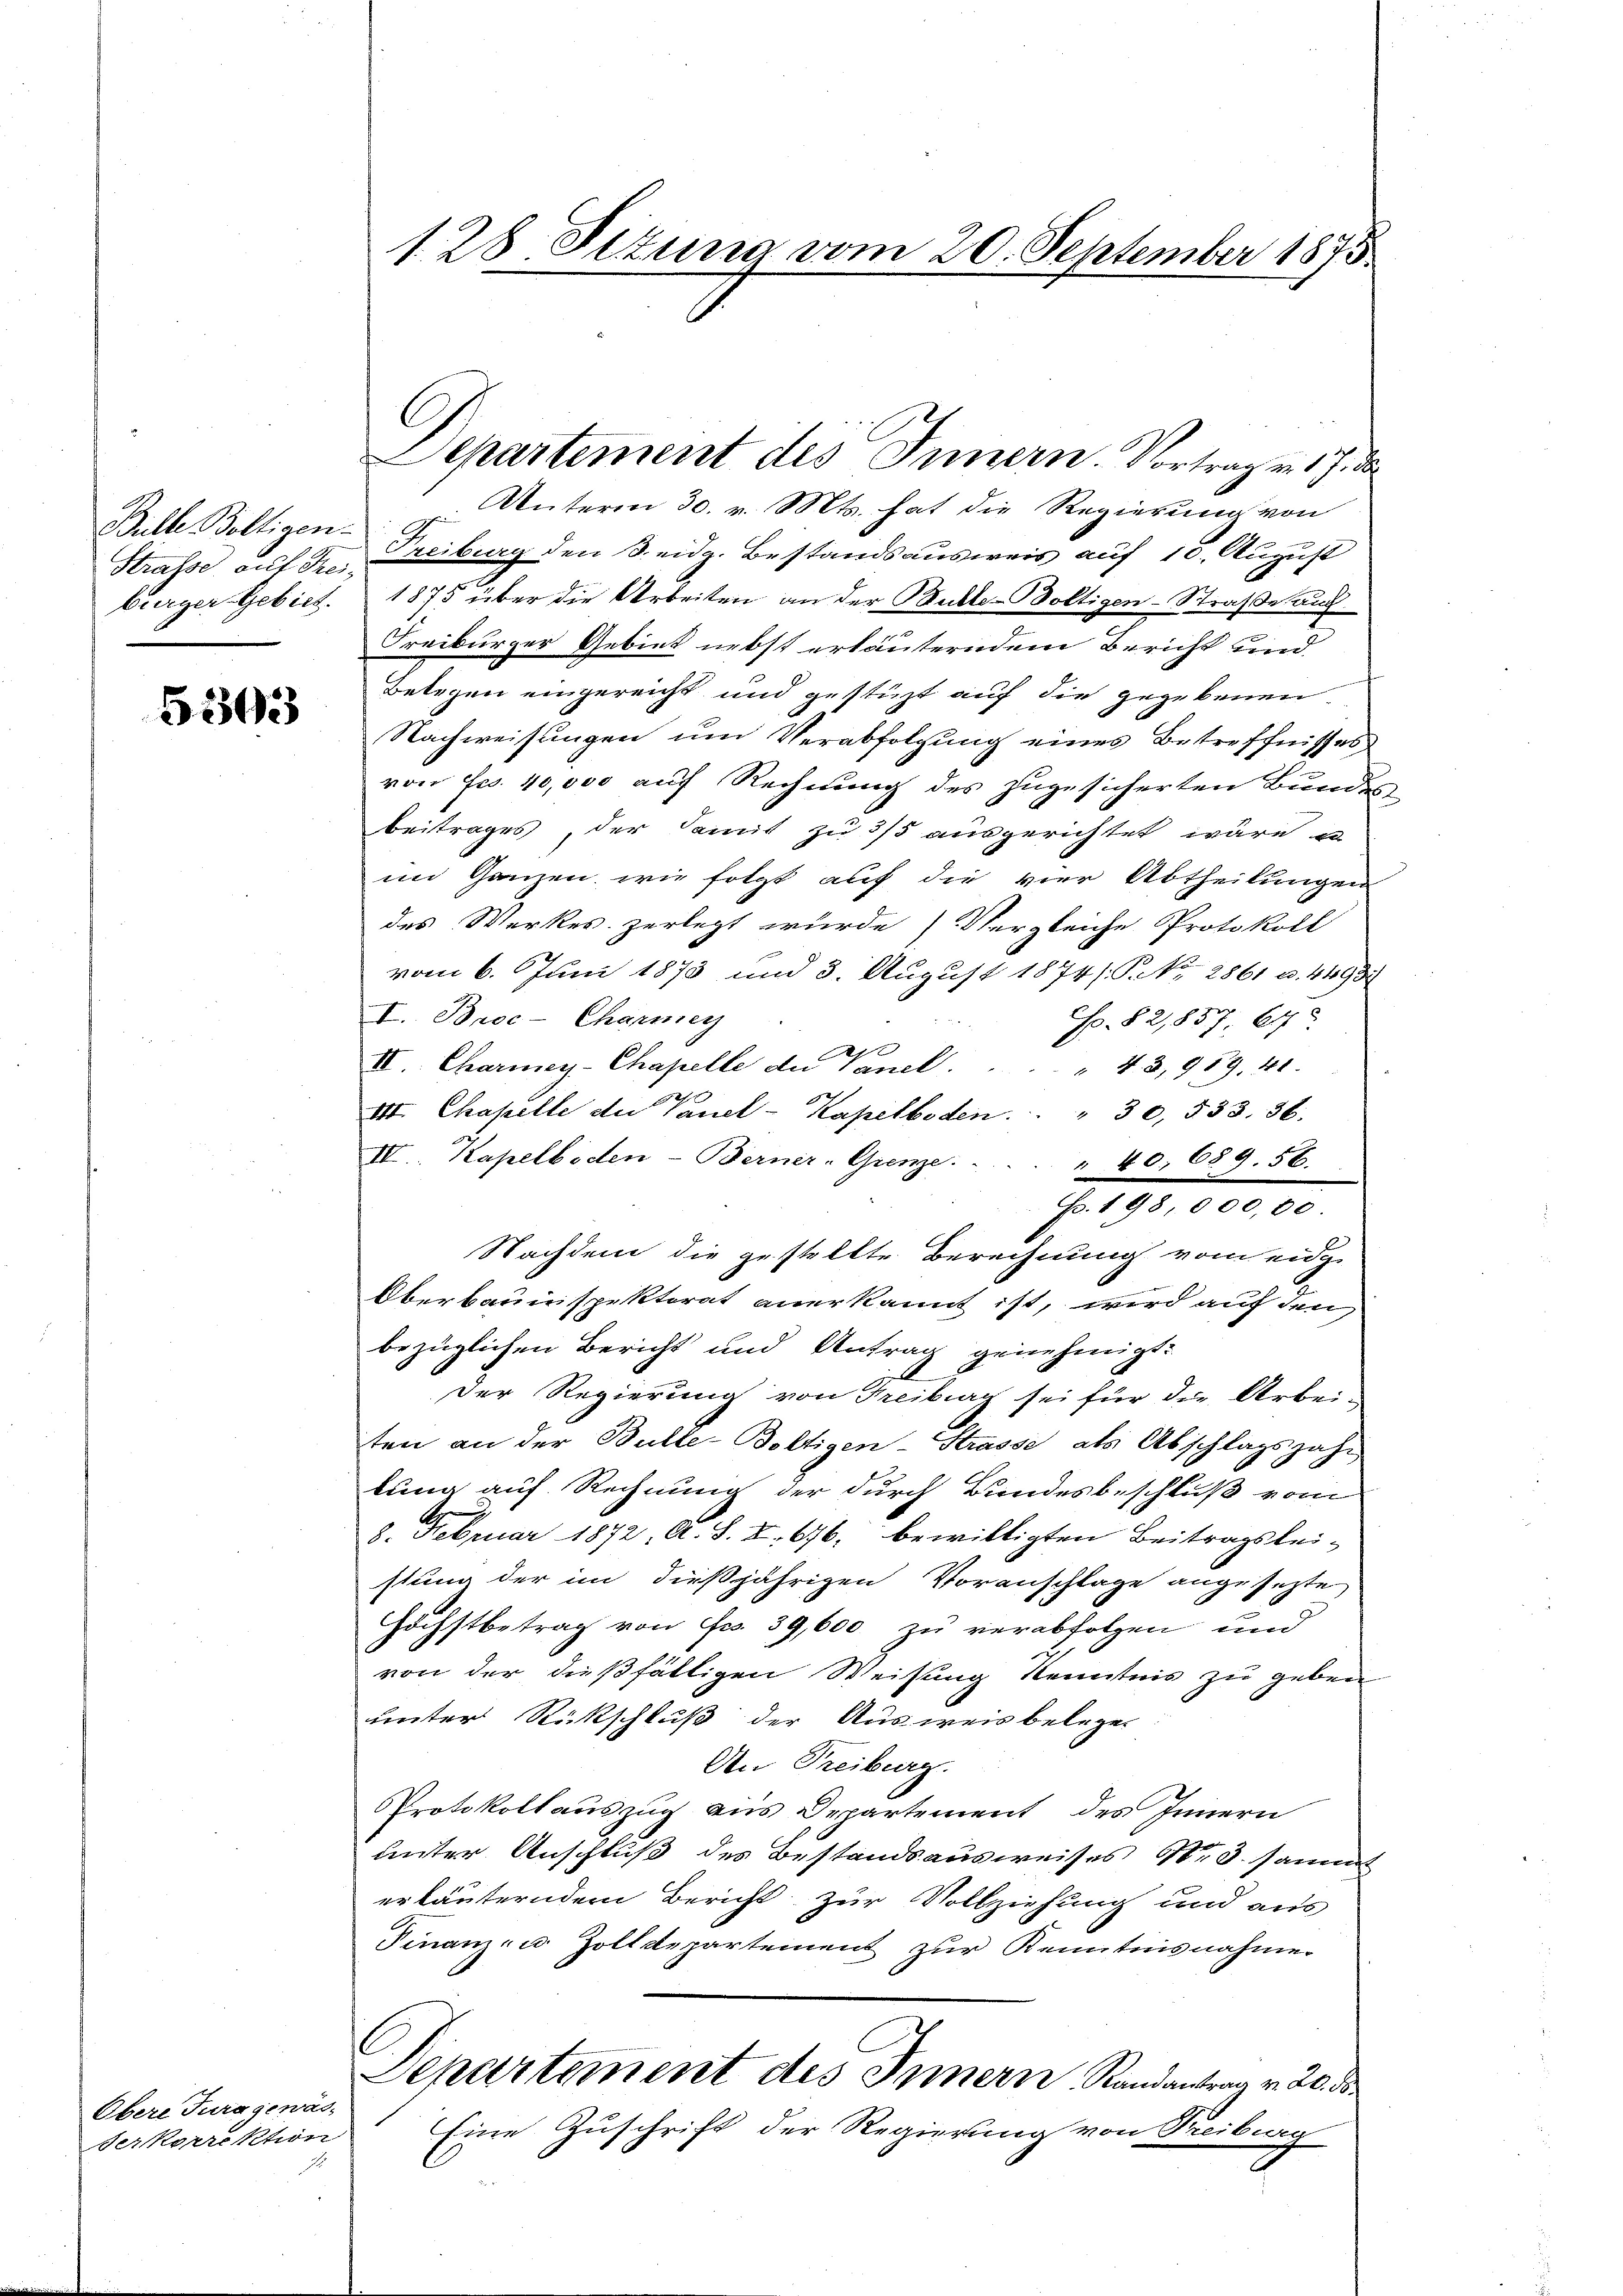
Bulle Boltigen.
Strasse auf Trei-
bürger Gebiet.

5303

Obere Turagewäs¬
Ferkorrektion

1

128 Situng vom 20. September 1875.

Departement des Innern. Vortrag in 17. d
Unterm 30. v. Mts. hat die Regierung von
Treiburg den S. eidg. Bestandsausweis auf 10. August
1875 über die Arbeiten an der Butte-Boltigen-Straße auch
Freiburger Gebiet nebst erläuterndem Bericht und
Belegen eingereicht und gestüzt auf die gegebenen
Nachweisungen um Verabfolgung eines Betreffnisses
von Fr. 40,000 auf Rechnung des zugesicherten Bundes-
Beitrages, der damit zu 3/5 ausgerichtet wäre un
im Ganzen, wie folgt auf die vier Abtheilungen
des Werkes zerlegt würde) Vergleiche Protokoll
vom 6. Juni 1873 und 3. August 1874 /: P. Nr. 2861 u. 44932
I. Broc-Charmer
No. 82,857. 64
II. Chariney-Chapelle der Vanel . . . . . 43, 989. 41.
h
VII. Chapelle de lauel-Kapelboden.   "  30, 533. 36.
IV. Kapelboden-Berner-Grenze. . . . . 40. 689. 56.
p. 198, 000,00
Nachdem die gestellte Berechnung vom eidge
Oberbauinspektorat anerkannt ist, wird auf den
bezüglichen Bericht und Antrag genehmigt.
.
Der Regierung von Freiburg sei für die Arbei-
ten an der Bulle-Voltigen-Strasse als Abschlagszahlung auf Rechnung der durch Bundesbeschluß vom
8. Februar 1872, A. S. X. 676, bewilligten Beitragslei-
stung der im dießjährigen Voranschlage angesezte
Höchstbetrag von Fr. 39,600 zu verabfolgen und
von der dießfälligen Weisung Kenntnis zu geben
unter Rückschluß der Ausweis belegen
An Freiburg.
Protokollauszug aus Departement des Innern
unter Anschluß des Bestandsausweises No 3. sammt
erläuterndem Bericht zur Vollziehung und aus
Finanzen Zolldepartement zur Kenntnisnahme
Departement des Innern Randantrag v. 20. d.
Eine Zuschrift der Regierung von Freiburg

C